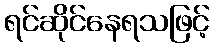
ရင်ဆိုင်နေရသဖြင့်